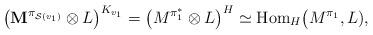
LaTeX: \begin{align*}\bigl(\mathbf{M}^{\pi_{\mathcal{S}(v_1)}}\otimes L\bigr)^{K_{v_1}}=\bigl(M^{\pi_1^*}\otimes L\bigr)^H\simeq\textup{Hom}_H\bigl(M^{\pi_1},L),\end{align*}